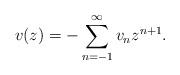
LaTeX: \begin{align*}v(z)=-\sum_{n=-1}^\infty v_nz^{n+1}.\end{align*}